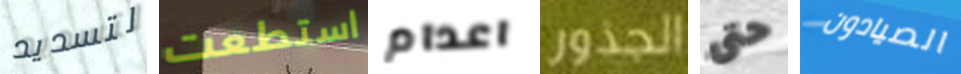
لتسديد استطعت اعدام الجذور حتى الصيادون